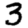
Digit: 3